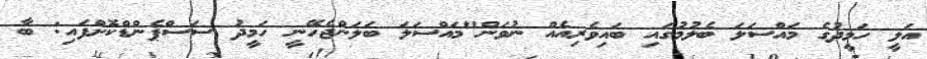
އަލީ ހަމީދުގެ މައްސަލަ ބެލުމުގައި ބައިވެރިއެއް ނުވަން"މައްސަލަ ބަލަންޖެހޭނީ ހަމީދު ސަސްޕެންޑްކޮށްފައި: ބާ